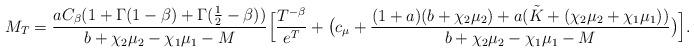
LaTeX: \begin{align*}M_{T}= \frac{aC_{\beta}(1+ \Gamma(1-\beta)+\Gamma(\frac{1}{2}-\beta))}{b+\chi_2\mu_2-\chi_1\mu_1-M}\Big[\frac{T^{-\beta}}{e^{T}}+ \big( c_{\mu}+ \frac{(1+a)(b+\chi_2\mu_2)+a(\tilde K+(\chi_2\mu_2+\chi_1\mu_1))}{b+\chi_2\mu_2-\chi_1\mu_1-M}\big)\Big].\end{align*}